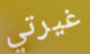
غيرتي